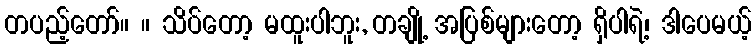
တပည့်တော်။ ။ သိပ်တော့ မထူးပါဘူး, တချို့ အပြစ်များတော့ ရှိပါရဲ့၊ ဒါပေမယ့်